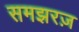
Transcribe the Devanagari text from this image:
समझरज़